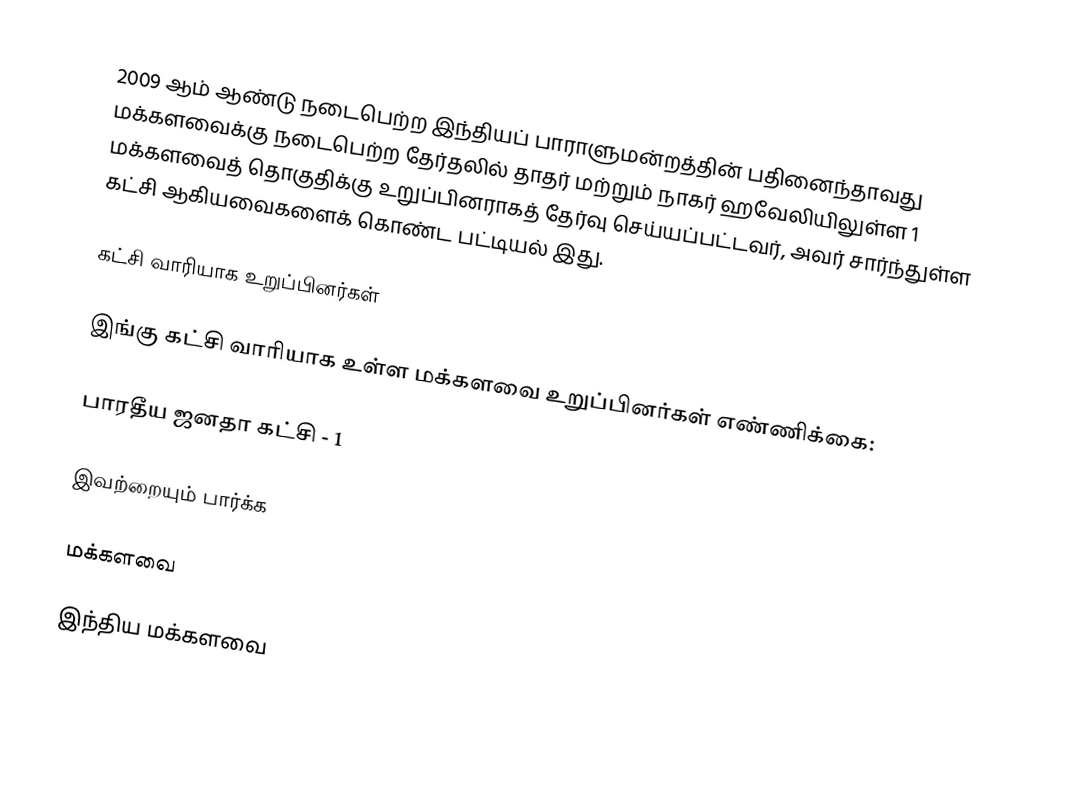
2009 ஆம் ஆண்டு நடைபெற்ற இந்தியப் பாராளுமன்றத்தின் பதினைந்தாவது மக்களவைக்கு நடைபெற்ற தேர்தலில் தாதர் மற்றும் நாகர் ஹவேலியிலுள்ள 1 மக்களவைத் தொகுதிக்கு உறுப்பினராகத் தேர்வு செய்யப்பட்டவர், அவர் சார்ந்துள்ள கட்சி ஆகியவைகளைக் கொண்ட பட்டியல் இது.

கட்சி வாரியாக உறுப்பினர்கள்

இங்கு கட்சி வாரியாக உள்ள மக்களவை உறுப்பினர்கள் எண்ணிக்கை:

பாரதீய ஜனதா கட்சி - 1

இவற்றையும் பார்க்க

 மக்களவை

இந்திய மக்களவை